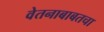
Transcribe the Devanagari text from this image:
वेतनाबाबतचा